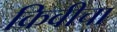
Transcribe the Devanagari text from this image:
किवीचा